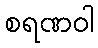
စရဏဝါ